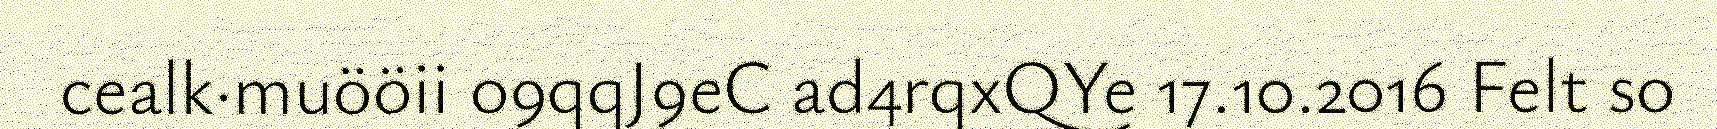
cealk·muööii o9qqJ9eC ad4rqxQYe 17.10.2016 Felt so